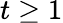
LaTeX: t\ge 1